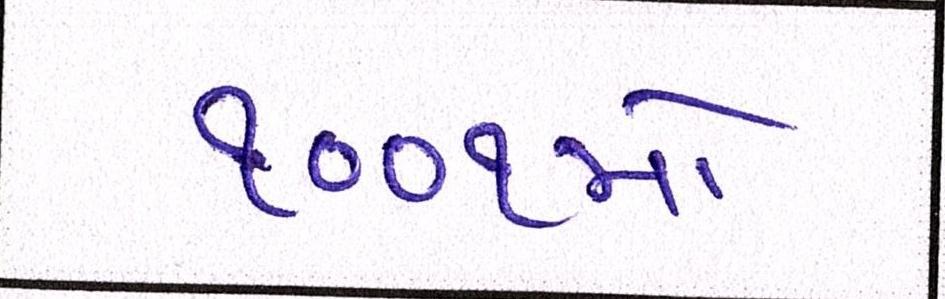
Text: ૧૦૦૧મો